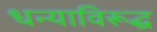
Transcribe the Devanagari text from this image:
धन्याविरूद्ध